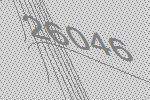
26046